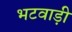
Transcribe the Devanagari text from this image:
भटवाड़ी